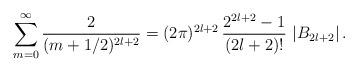
LaTeX: \begin{align*}\sum_{m=0}^\infty\frac{2}{(m+1/2)^{2l+2}} = (2\pi)^{2l+2}\,\frac{2^{2l+2}-1}{(2l+2)!}\,\left|B_{2l+2}\right|.\end{align*}